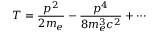
T = { \frac { p ^ { 2 } } { 2 m _ { e } } } - { \frac { p ^ { 4 } } { 8 m _ { e } ^ { 3 } c ^ { 2 } } } + \cdots